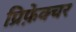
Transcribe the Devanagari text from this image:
प्रिफ़ेक्चर